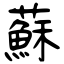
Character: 蘇